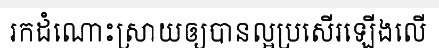
រកដំណោះស្រាយឲ្យបានល្អប្រសើរឡើងលើ